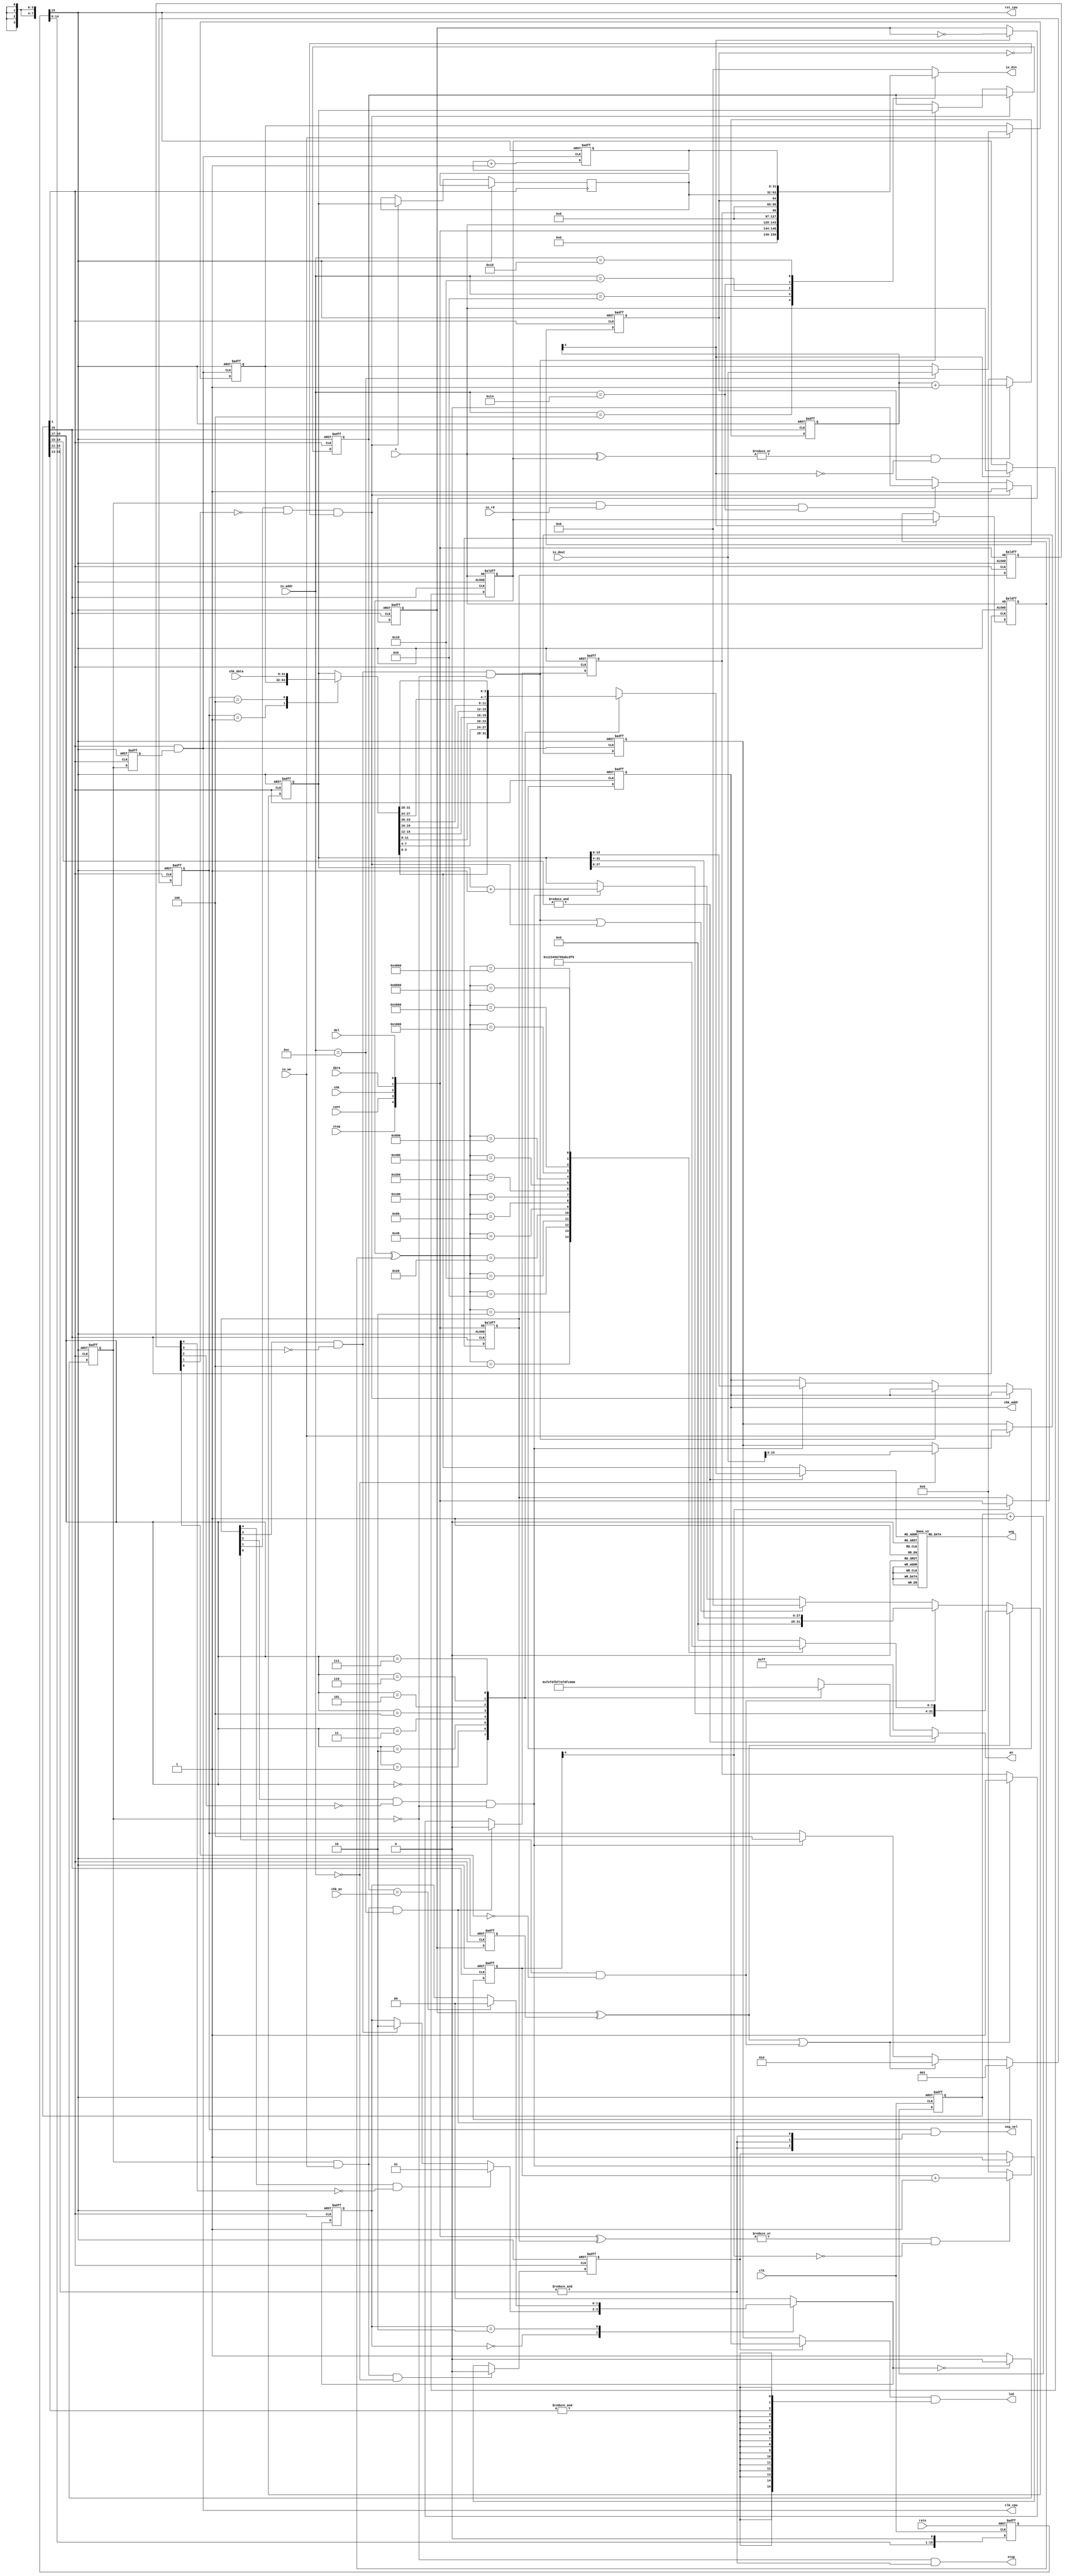
module  pdu(
        input clk,            //clk100mhz
        input rstn,           //cpu_resetn

        input step,           //btnu
        input cont,           //btnd
        input chk,            //btnr
        input data,           //btnc
        input del,            //btnl
        input [15:0] x,       //sw15-0

        output stop,          //led16r
        output [15:0] led,    //led15-0
        output [7:0] an,      //an7-0
        output [6:0] seg,     //ca-cg
        output [2:0] seg_sel, //led17

        output clk_cpu,       //cpu's clk
        output rst_cpu,       //cpu's rst

        //IO_BUS
        input [7:0] io_addr,
        input [31:0] io_dout,
        input io_we,
        input io_rd,
        output [31:0] io_din,

        //Debug_BUS
        input [31:0] chk_pc,    //CPUnpc
        output [15:0] chk_addr,
        input [31:0] chk_data
    );

    reg [15:0] rstn_r;
    wire rst;               //
    wire clk_pdu;           //PDU
    wire clk_db;            //
    reg run_r, run_n;

    reg [19:0] cnt_clk_r;   //
    reg [4:0] cnt_sw_db_r;
    reg [15:0] x_db_r, x_db_1r;
    reg xx_r, xx_1r;
    wire x_p;
    reg [3:0] x_hd_t;

    wire [4:0] btn;
    reg [4:0] cnt_btn_db_r;
    reg [4:0] btn_db_r, btn_db_1r;
    wire step_p, cont_p, chk_p, data_p, del_p;

    reg [15:0] led_data_r;  //led15-0
    reg [31:0] seg_data_r;  //
    reg seg_rdy_r;          //
    reg [31:0] swx_data_r;  //
    reg swx_vld_r;          //
    reg [31:0] cnt_data_r;  //

    reg [31:0] tmp_r;       //
    reg [31:0] brk_addr_r;  //
    reg [15:0] chk_addr_r;  //
    reg [31:0] io_din_t;

    reg led_sel_r;
    reg [2:0] seg_sel_r;
    reg [31:0] disp_data_t;
    reg [7:0] an_t;
    reg [3:0] hd_t;
    reg [6:0] seg_t;

    assign rst = rstn_r[15];    //
    assign rst_cpu = rst;
    assign clk_pdu = cnt_clk_r[1];      //PDU25MHz
    assign clk_db = cnt_clk_r[16];      //763Hz1.3ms
    assign clk_cpu = clk_pdu & run_n;   //CPU

    assign stop = ~run_r & (& cnt_clk_r[15:11]);    //
    assign led = ((led_sel_r)? chk_addr : led_data_r) & {{16{&cnt_clk_r[15:13]}}};
    assign an = an_t;
    assign seg = seg_t;
    assign seg_sel = seg_sel_r & {{3{& cnt_clk_r[15:11]}}};

    assign io_din = io_din_t;
    assign chk_addr = chk_addr_r;

    assign btn ={step, cont, chk, data, del};
    assign x_p = xx_r ^ xx_1r;
    assign step_p = btn_db_r[4] & ~ btn_db_1r[4];
    assign cont_p = btn_db_r[3] & ~ btn_db_1r[3];
    assign chk_p = btn_db_r[2] & ~ btn_db_1r[2];
    assign data_p = btn_db_r[1] & ~ btn_db_1r[1];
    assign del_p = btn_db_r[0] & ~ btn_db_1r[0];


    ///////////////////////////////////////////////
    //
    ///////////////////////////////////////////////
    always @(posedge clk, negedge rstn) begin
        if (~rstn)
            rstn_r <= 16'hFFFF;
        else
            rstn_r <= {rstn_r[14:0], 1'b0};
    end


    ///////////////////////////////////////////////
    //
    ///////////////////////////////////////////////
    always @(posedge clk, posedge rst) begin
        if (rst)
            cnt_clk_r <= 20'h0;
        else
            cnt_clk_r <= cnt_clk_r + 20'h1;
    end


    ///////////////////////////////////////////////
    //sw
    ///////////////////////////////////////////////
    always @(posedge clk_db, posedge rst) begin
        if (rst)
            cnt_sw_db_r <= 5'h0;
        else if ((|(x ^ x_db_r)) & (~ cnt_sw_db_r[4])) 
            cnt_sw_db_r <= cnt_sw_db_r + 5'h1;
        else
            cnt_sw_db_r <= 5'h0;
    end

    always@(posedge clk_db, posedge rst) begin
        if (rst) begin
            x_db_r <= x;
            x_db_1r <= x;
            xx_r <= 1'b0;
        end
        else if (cnt_sw_db_r[4]) begin    //21ms
            x_db_r <= x;
            x_db_1r <= x_db_r;
            xx_r <= ~xx_r;
        end
    end

    always @(posedge clk_pdu, posedge rst) begin
        if (rst)
            xx_1r <= 1'b0;
        else
            xx_1r <= xx_r;
    end


    ///////////////////////////////////////////////
    //btn
    ///////////////////////////////////////////////
    always @(posedge clk_db, posedge rst) begin
        if (rst)
            cnt_btn_db_r <= 5'h0;
        else if ((|(btn ^ btn_db_r)) & (~ cnt_btn_db_r[4]))
            cnt_btn_db_r <= cnt_btn_db_r + 5'h1;
        else
            cnt_btn_db_r <= 5'h0;
    end

    always@(posedge clk_db, posedge rst) begin  
        if (rst)
            btn_db_r <= btn;
        else if (cnt_btn_db_r[4])
            btn_db_r <= btn;
    end

    always @(posedge clk_pdu, posedge rst) begin   
        if (rst)
            btn_db_1r <= btn;
        else
            btn_db_1r <= btn_db_r;
    end


    ///////////////////////////////////////////////
    //CPU
    ///////////////////////////////////////////////
    reg [1:0] cs, ns;
    parameter STOP = 2'b00, STEP = 2'b01, RUN = 2'b10;

    always @(posedge clk_pdu, posedge rst) begin
        if (rst)
            cs <= STOP;
        else
            cs <= ns;
    end

    always @* begin
        ns = cs;
        case (cs)
            STOP: begin
                if (step_p)
                    ns = STEP;
                else if (cont_p)
                    ns = RUN;
            end
            STEP:
                ns = STOP;
            RUN: begin
                if (brk_addr_r == chk_pc)
                    ns = STOP;
            end
            default:
                ns = STOP;
        endcase
    end

    always @(posedge clk_pdu, posedge rst) begin
        if (rst)
            run_r <= 1'b0;
        else if (ns == STOP)
            run_r <= 1'b0;
        else
            run_r <= 1'b1;
    end

    always @(negedge clk_pdu, posedge rst) begin
        if (rst)
            run_n <= 1'b0;
        else
            run_n <= run_r;
    end


    ///////////////////////////////////////////////
    //CPU/
    ///////////////////////////////////////////////
    always @(posedge clk_cpu, posedge rst) begin    //CPU
        if (rst) begin
            led_data_r <= 16'hFFFF;
            seg_data_r <= 32'h12345678;
        end
        else if (io_we) begin
            case (io_addr)
                8'h00:
                    led_data_r <= io_dout;
                8'h0C:
                    seg_data_r <= io_dout;
                default: ;
            endcase
        end
    end

    always @(posedge clk_pdu, posedge rst) begin
        if (rst)
            seg_rdy_r <= 1;
        else if (run_r & io_we & (io_addr == 8'h0C))
            seg_rdy_r <= 0;
        else if (x_p | del_p)
            seg_rdy_r <= 1;
    end

    always @(*) begin    //CPU
        case (io_addr)
            8'h04:
                io_din_t = {{11{1'b0}}, step, cont, chk, data, del, x};
            8'h08:
                io_din_t = {{31{1'b0}}, seg_rdy_r};
            8'h10:
                io_din_t = {{31{1'b0}}, swx_vld_r};
            8'h14:
                io_din_t = swx_data_r;
            8'h18:
                io_din_t = cnt_data_r;
            default:
                io_din_t = 32'h0;
        endcase
    end

    always @(posedge clk_pdu, posedge rst) begin
        if (rst)
            swx_vld_r <= 0;
        else if (data_p & ~swx_vld_r)
            swx_vld_r <= 1;
        else if (run_r & io_rd & (io_addr == 8'h14))
            swx_vld_r <= 0;
    end


    ///////////////////////////////////////////////
    //
    ///////////////////////////////////////////////
    always@(posedge clk_cpu, posedge rst) begin
        if(rst)
            cnt_data_r <= 32'h0;
        else
            cnt_data_r <= cnt_data_r + 32'h1;
    end


    ///////////////////////////////////////////////
    //
    ///////////////////////////////////////////////
    always @* begin    //
        case (x_db_r ^ x_db_1r )
            16'h0001:
                x_hd_t = 4'h0;
            16'h0002:
                x_hd_t = 4'h1;
            16'h0004:
                x_hd_t = 4'h2;
            16'h0008:
                x_hd_t = 4'h3;
            16'h0010:
                x_hd_t = 4'h4;
            16'h0020:
                x_hd_t = 4'h5;
            16'h0040:
                x_hd_t = 4'h6;
            16'h0080:
                x_hd_t = 4'h7;
            16'h0100:
                x_hd_t = 4'h8;
            16'h0200:
                x_hd_t = 4'h9;
            16'h0400:
                x_hd_t = 4'hA;
            16'h0800:
                x_hd_t = 4'hB;
            16'h1000:
                x_hd_t = 4'hC;
            16'h2000:
                x_hd_t = 4'hD;
            16'h4000:
                x_hd_t = 4'hE;
            16'h8000:
                x_hd_t = 4'hF;
            default:
                x_hd_t = 4'h0;
        endcase
    end

    always @(posedge clk_pdu, posedge rst) begin
        if (rst)
            tmp_r <= 32'h0;
        else if (x_p)
            tmp_r <= {tmp_r[27:0], x_hd_t};      //x_hd_t + tmp_r << 4
        else if (del_p)
            tmp_r <= {{4{1'b0}}, tmp_r[31:4]};   //tmp_r >> 4
        else if ((cont_p & ~run_r) | (data_p & ~swx_vld_r))
            tmp_r <= 32'h0;
        else if (chk_p & ~run_r)
            tmp_r <= tmp_r + 32'h1;
    end

    always @(posedge clk_pdu, posedge rst) begin
        if (rst) begin
            chk_addr_r <= 16'h0;
            brk_addr_r <= 32'h0;
        end
        else if (data_p & ~swx_vld_r)
            swx_data_r <= tmp_r;
        else if (cont_p & ~run_r)
            brk_addr_r <= tmp_r;
        else if (chk_p & ~run_r)
            chk_addr_r <= tmp_r;
    end


    ///////////////////////////////////////////////
    //led15-0
    ///////////////////////////////////////////////
    always @(posedge clk_pdu, posedge rst) begin
        if (rst)
            led_sel_r <= 1'b0;
        else if (run_r & io_we && (io_addr == 8'h00))
            led_sel_r <= 1'b0;
        else if (chk_p & ~run_r)
            led_sel_r <= 1'b1;
    end


    ///////////////////////////////////////////////
    //
    ///////////////////////////////////////////////
    always @(posedge clk_pdu, posedge rst) begin    //
        if (rst)
            seg_sel_r <= 3'b001;
        else if (run_r & io_we & (io_addr == 8'h0C))
            seg_sel_r <= 3'b001;   //
        else if (x_p | del_p)
            seg_sel_r <= 3'b010;   //
        else if (chk_p & ~run_r)
            seg_sel_r <= 3'b100;   //
    end

    always @* begin
        case (seg_sel_r)
            3'b001:
                disp_data_t = seg_data_r;
            3'b010:
                disp_data_t = tmp_r;
            3'b100:
                disp_data_t = chk_data;
            default:
                disp_data_t = tmp_r;
        endcase
    end

    always @(*) begin          //
        an_t <= 8'b1111_1111;
        hd_t <= disp_data_t[3:0];
        if (&cnt_clk_r[16:15])    //
        case (cnt_clk_r[19:17])   //95Hz
            3'b000: begin
                an_t <= 8'b1111_1110;
                hd_t <= disp_data_t[3:0];
            end
            3'b001: begin
                an_t <= 8'b1111_1101;
                hd_t <= disp_data_t[7:4];
            end
            3'b010: begin
                an_t <= 8'b1111_1011;
                hd_t <= disp_data_t[11:8];
            end
            3'b011: begin
                an_t <= 8'b1111_0111;
                hd_t <= disp_data_t[15:12];
            end
            3'b100: begin
                an_t <= 8'b1110_1111;
                hd_t <= disp_data_t[19:16];
            end
            3'b101: begin
                an_t <= 8'b1101_1111;
                hd_t <= disp_data_t[23:20];
            end
            3'b110: begin
                an_t <= 8'b1011_1111;
                hd_t <= disp_data_t[27:24];
            end
            3'b111: begin
                an_t <= 8'b0111_1111;
                hd_t <= disp_data_t[31:28];
            end
            default:
                ;
        endcase
    end

    always @ (*) begin    //7
        case(hd_t)
            4'b1111:
                seg_t = 7'b0111000;
            4'b1110:
                seg_t = 7'b0110000;
            4'b1101:
                seg_t = 7'b1000010;
            4'b1100:
                seg_t = 7'b0110001;
            4'b1011:
                seg_t = 7'b1100000;
            4'b1010:
                seg_t = 7'b0001000;
            4'b1001:
                seg_t = 7'b0001100;
            4'b1000:
                seg_t = 7'b0000000;
            4'b0111:
                seg_t = 7'b0001111;
            4'b0110:
                seg_t = 7'b0100000;
            4'b0101:
                seg_t = 7'b0100100;
            4'b0100:
                seg_t = 7'b1001100;
            4'b0011:
                seg_t = 7'b0000110;
            4'b0010:
                seg_t = 7'b0010010;
            4'b0001:
                seg_t = 7'b1001111;
            4'b0000:
                seg_t = 7'b0000001;
            default:
                seg_t = 7'b1111111;
        endcase
    end

endmodule